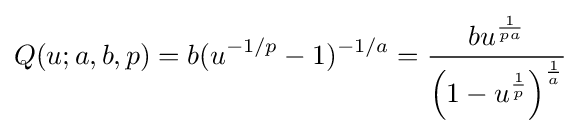
Q(u;a,b,p)=b(u^{-1/p}-1)^{-1/a}={\frac {bu^{\frac {1}{pa}}}{\left(1-u^{\frac {1}{p}}\right)^{\frac {1}{a}}}}